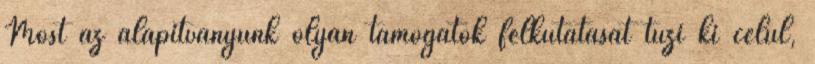
Most az alapítványunk olyan támogatók felkutatását tűzi ki célul,